Annual report on the working of the lock hospitals in the Central Provinces
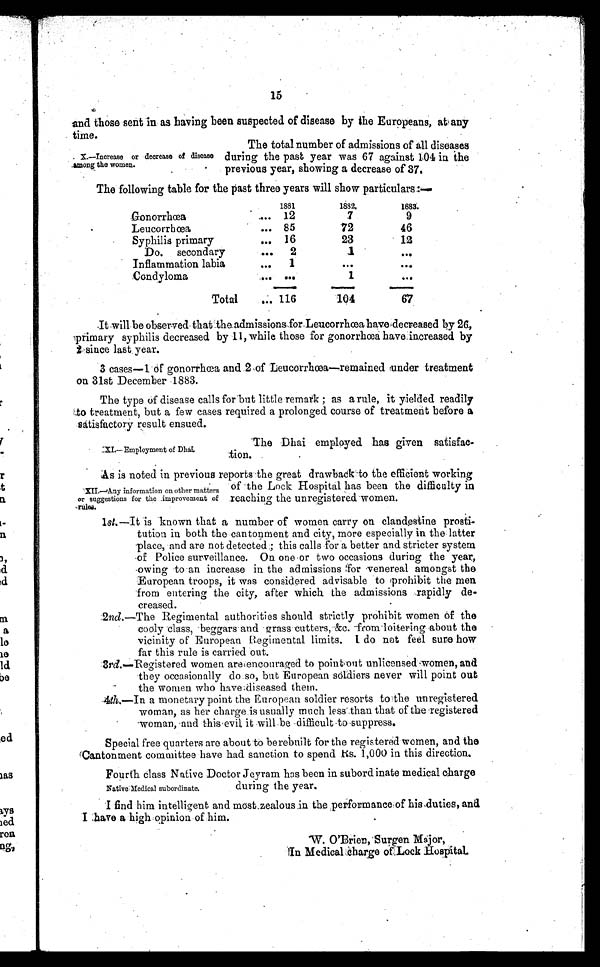
15
and those sent in as having been suspected of disease by the Europeans, at any
time.
The total number of admissions of all diseases
during the past year was 67 against 104 in the
previous year, showing a decrease of 37.
The following table for the past three years will show particulars:.
1881
1882.
1883.
Gonorrhœa
.... 12
7
9
Leucorrhœa
••• 85
72
46
Syphilis primary
... 16
23
12
Do. secondary
.••
2
1
•••
Inflammation labia
...
1
...
••.
Condyloma
. . .
. . .
1
...
Total
... 116
104
67
It will be observed that the admissions for Leucorrhœa have decreased by 26,
primary syphilis decreased by 11, while those for gonorrhœa have in creased by
2 since last . year.
3 cases—1 of gonorrhœa and 2 of Leucorrhœœa—remained render treatment
on 31st December 1883.
The type Of disease calls for but little remark as a rule, it yielded readily
to treatment, but a few cases required a prolonged course of treatment before a
satisfactory result ensued.
X.—Increase or decrease of disease
among the women.
XL—Employment of Dhai.
The Dhai employed has given satisfac-
tion.
As is noted in previous reports the great drawback-to the efficient working
of the Lock Hospital has been the difficulty in
reaching the unregistered women.
1st.—It is known that a number of women carry on clandestine prosti-
tution in both the cantonment and city, more especially in the latter
place, and are not detected e this calls for a better and stricter system
of Police surveillance. On one or two occasions during the year,
owing to an increase in the admissions for venereal amongst the
European troops, it was considered advisable to prohibit the men
from entering the city, after which the admissions rapidly de-
creased.
2nd.—The Regimental authorities should strictly prohibit women of the
cooly class, beggars and grass cutters, &c. from loitering about the
vicinity of European Regimental limits. I do not feel sure how
far this rule is carried out.
3 r d
. — R e g i s t e r e d w o m e n a r e e n c o u r a g e d t o p o i n t o u t u n l i c e n s e d w o m e n , a n d
they occasionally do.so, but European soldiers never will point out
the women who have diseased them.
4th.—In a monetary point the European soldier resorts to the unregistered
woman, as her charge is usually much less than that of the registered
woman, and this evil, it will.be difficult toesupprees.
Special free quarters are about to berebuilt for the registered women, and the
Cantonment committee have had sanction to spend Rs. 1,000 in this direction.
Fourth class Native Doctor Jeyram has been in subordinate medical charge
during the year.
I find him intelligent and most.zealous in the performance of his duties, and
I have a high opinion of him.
W. O'Brien, Surgen Major,
I n M e d i c a l c h a r g e o f L o c k H o s p i t a l
XII.—Any information on other matters
or suggestions for the improvement of
Nat i ve Medi cal subor di nat e.